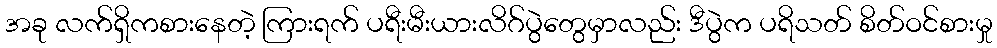
အခု လက်ရှိကစားနေတဲ့ ကြားရက် ပရီးမီးယားလိဂ်ပွဲတွေမှာလည်း ဒီပွဲက ပရိသတ် စိတ်ဝင်စားမှု